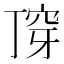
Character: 𬻣